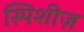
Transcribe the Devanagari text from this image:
स्पिशीज़